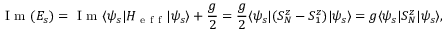
\mathrm { ~ I ~ m ~ } ( E _ { s } ) = \mathrm { ~ I ~ m ~ } \langle \psi _ { s } | H _ { \mathrm { ~ e ~ f ~ f ~ } } | \psi _ { s } \rangle + \frac { g } { 2 } = \frac { g } { 2 } \langle \psi _ { s } | ( S _ { N } ^ { z } - S _ { 1 } ^ { z } ) | \psi _ { s } \rangle = g \langle \psi _ { s } | S _ { N } ^ { z } | \psi _ { s } \rangle ,